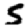
Digit: 5